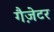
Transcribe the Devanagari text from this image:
गैज़ेटर